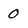
Character: 0